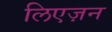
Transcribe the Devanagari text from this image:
लिएज़न